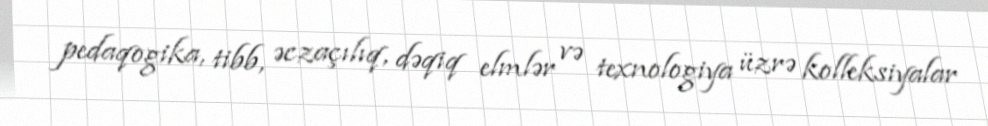
pedaqogika, tibb, əczaçılıq, dəqiq elmlər və texnologiya üzrə kolleksiyalar